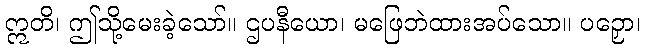
ဣတိ၊ ဤသို့မေးခဲ့သော်။ ဌပနီယော၊ မဖြေဘဲထားအပ်သော။ ပဉှော၊